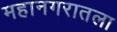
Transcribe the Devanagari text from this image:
महानगरातला